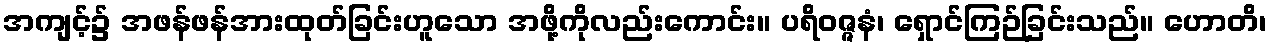
အကျင့်၌ အဖန်ဖန်အားထုတ်ခြင်းဟူသော အဖို့ကိုလည်းကောင်း။ ပရိဝဇ္ဇနံ၊ ရှောင်ကြဉ်ခြင်းသည်။ ဟောတိ၊